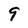
Character: 9